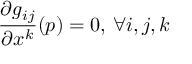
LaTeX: { \frac { \partial g _ { i j } } { \partial x ^ { k } } } ( p ) = 0 , \, \forall i , j , k